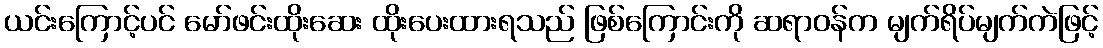
ယင်းကြောင့်ပင် မော်ဖင်းထိုးဆေး ထိုးပေးထားရသည် ဖြစ်ကြောင်းကို ဆရာဝန်က မျက်ရိပ်မျက်ကဲဖြင့်